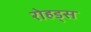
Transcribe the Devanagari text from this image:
रोहड्स